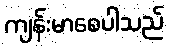
ကျန်းမာစေပါသည်